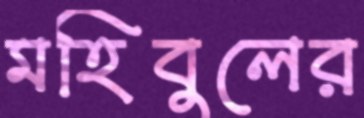
মহিবুলের